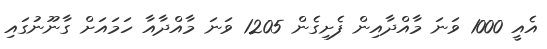
އެއީ 1000 ވަނަ މާއްދާއިން ފެށިގެން 1205 ވަނަ މާއްދާއާ ހަމައަށް ގާނޫނުގައި